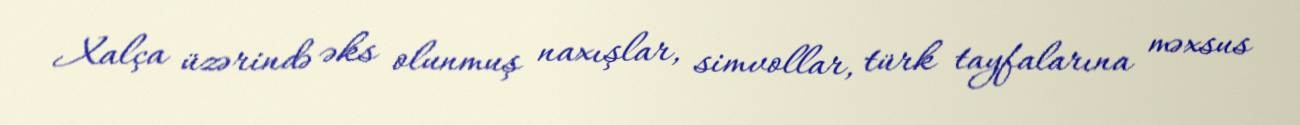
Xalça üzərində əks olunmuş naxışlar, simvollar, türk tayfalarına məxsus